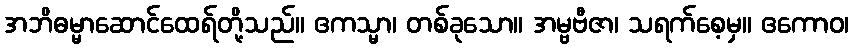
အဘိဓမ္မာဆောင်ထေရ်တို့သည်။ ဧကသ္မာ၊ တစ်ခုသော။ အမ္ဗဗီဇာ၊ သရက်စေ့မှ။ ဧကောဝ၊